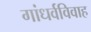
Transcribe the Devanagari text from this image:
गांधर्वविवाह